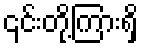
၎င်းတို့ကြားရှိ